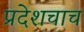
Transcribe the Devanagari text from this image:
प्रदेशचाच